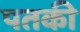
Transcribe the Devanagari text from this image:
पतकी